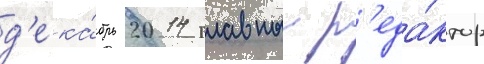
д'ека́брь 2014 главныи р'еда́ктор